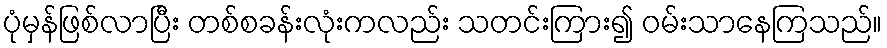
ပုံမှန်ဖြစ်လာပြီး တစ်စခန်းလုံးကလည်း သတင်းကြား၍ ဝမ်းသာနေကြသည်။